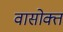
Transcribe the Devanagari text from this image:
वासोक्त